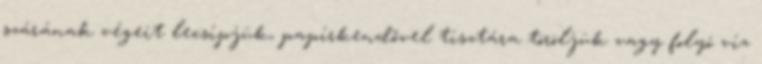
szárának végeit lecsípjük, papírkendővel tisztára töröljük vagy folyó víz